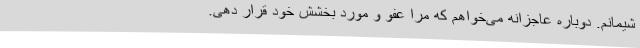
شیمانم. دوباره عاجزانه می‌خواهم که مرا عفو و مورد بخشش خود قرار دهی.